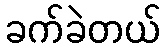
ခက်ခဲတယ်